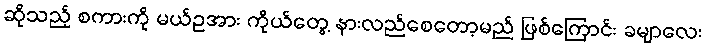
ဆိုသည့် စကားကို မယ်ဥအား ကိုယ်တွေ့ နားလည်စေတော့မည် ဖြစ်ကြောင်း ခမျာလေး